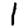
Digit: 1